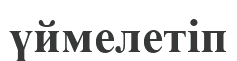
үймелетіп